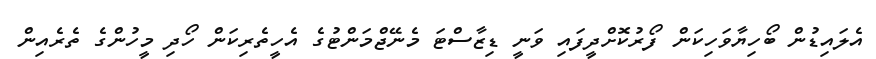
އެލައިޑުން ބޯހިޔާވަހިކަން ފޯރުކޮށްދީފައި ވަނީ ޑިޒާސްޓަ މެނޭޖްމަންޓުގެ އެހީތެރިކަން ހޯދި މީހުންގެ ތެރެއިން